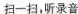
扫一扫，听录音